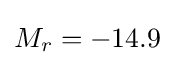
M_{r}=-14.9